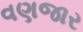
વણજાર